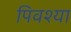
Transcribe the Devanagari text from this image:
पिवश्या